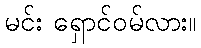
မင်း ရှောင်ဝမ်လား။